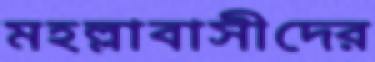
মহল্লাবাসীদের